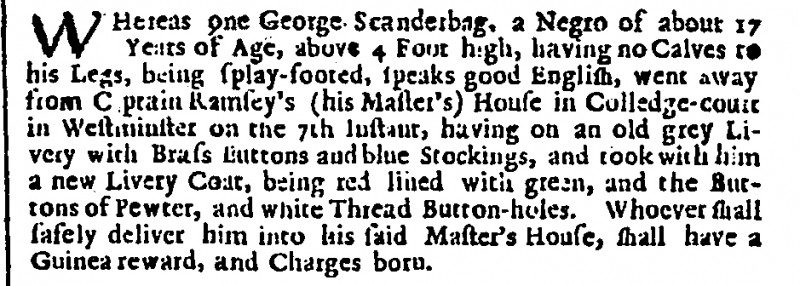
London Gazette, 12 May 1711 (England)
WHereas one George Scanderbag, a Negro of about 17 Years of Age, above 4 Foot high, having no Calves to his Legs, being splay-footed, speaks good English, went away from C[a]ptain Ramsey’s (his Master’s) House in Colledge-court in Westminster on the 7th Instant, having on an old grey Livery with Brass Buttons and blue Stockings, and took with him a new Livery Coat, being red lined with green, and the Buttons of Pewter, and white Thread Button-holes. Whoever shall safely deliver him into his said Master’s House, shall have a Guinea reward, and Charges born.